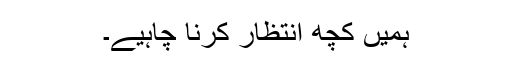
ہمیں کچھ انتظار کرنا چاہیے۔